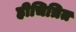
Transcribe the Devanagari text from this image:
हीचित्रित